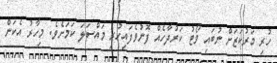
ހުރި މަރުކަޒަށް ނުބައި ވޯޓު ކަރުދާހެއް ފޮނުވެފައިހުރި މައްސަލަ ކަމަށެވެ. މިހާރު އެކަން